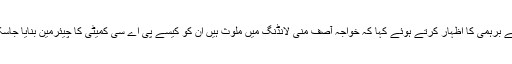
انہوں نے برہمی کا اظہار کرتے ہوئے کہا کہ خواجہ آصف منی لانڈنگ میں ملوث ہیں ان کو کیسے پی اے سی کمیٹی کا چیئرمین بنایا جاسکتا ہے؟